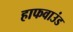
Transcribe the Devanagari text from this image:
हाफवाउंड